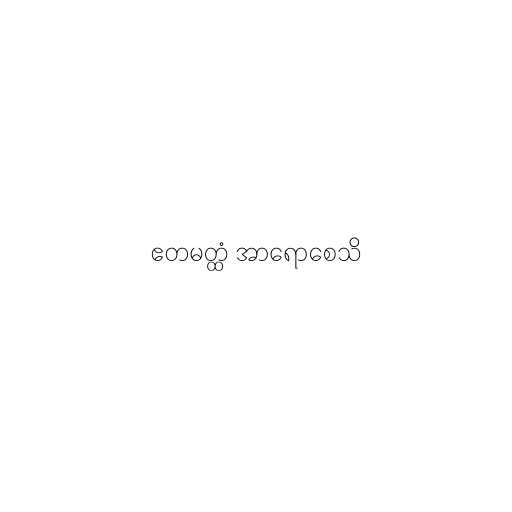
ဧတမတ္ထံ အာရောစေသိ